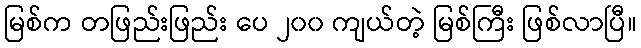
မြစ်က တဖြည်းဖြည်း ပေ ၂၀၀ ကျယ်တဲ့ မြစ်ကြီး ဖြစ်လာပြီ။